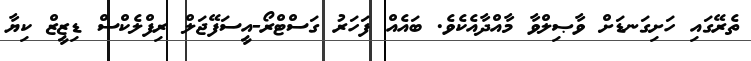
ތެރޭގައި ހަށިގަނޑަށް ވާޞިލްވާ މާއްދާއެކެވެ. ބައެއް ފަަހަރު ގަސްޓްރޯ-އީސަފޭޖަލް ރިފްލެކްސް ޑިޒީޒް ކިޔާ